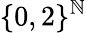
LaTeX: \{ 0,2\} ^{\mathbb{N}}